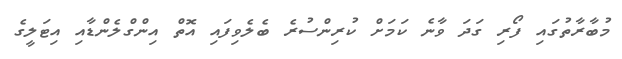
މުބާރާތުގައި ފޯރި ގަދަ ވާނެ ކަމަށް ކުރިންސުރެ ބެލެވިފައި އޮތް އިންގްލެންޑާއި އިޓަލީގެ